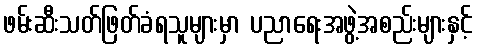
ဖမ်းဆီးသတ်ဖြတ်ခံရသူများမှာ ပညာရေးအဖွဲ့အစည်းများနှင့်